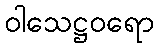
ဝါသေဋ္ဌဝရော